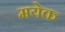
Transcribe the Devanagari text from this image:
मयेक